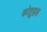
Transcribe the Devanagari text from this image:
कोतुहल